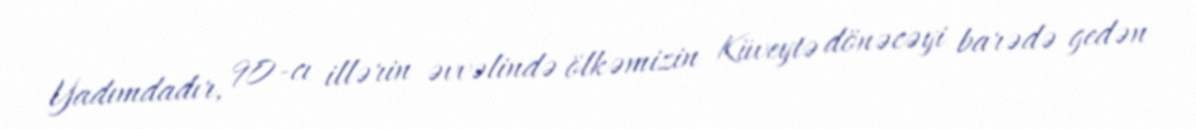
Yadımdadır, 90-cı illərin əvvəlində ölkəmizin Küveytə dönəcəyi barədə gedən